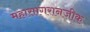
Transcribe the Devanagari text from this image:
महासागरानजीक